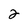
Character: 2